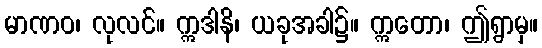
မာဏဝ၊ လုလင်။ ဣဒါနိ၊ ယခုအခါ၌။ ဣတော၊ ဤရွာမှ။